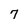
Character: 7